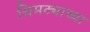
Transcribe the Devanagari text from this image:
चिमट्याच्या